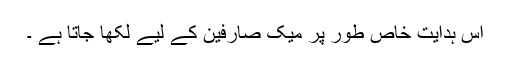
اس ہدایت خاص طور پر میک صارفین کے لیے لکھا جاتا ہے ۔